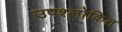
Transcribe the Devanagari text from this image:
उपश्लोकित